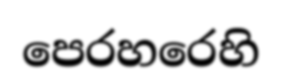
පෙරහරෙහි